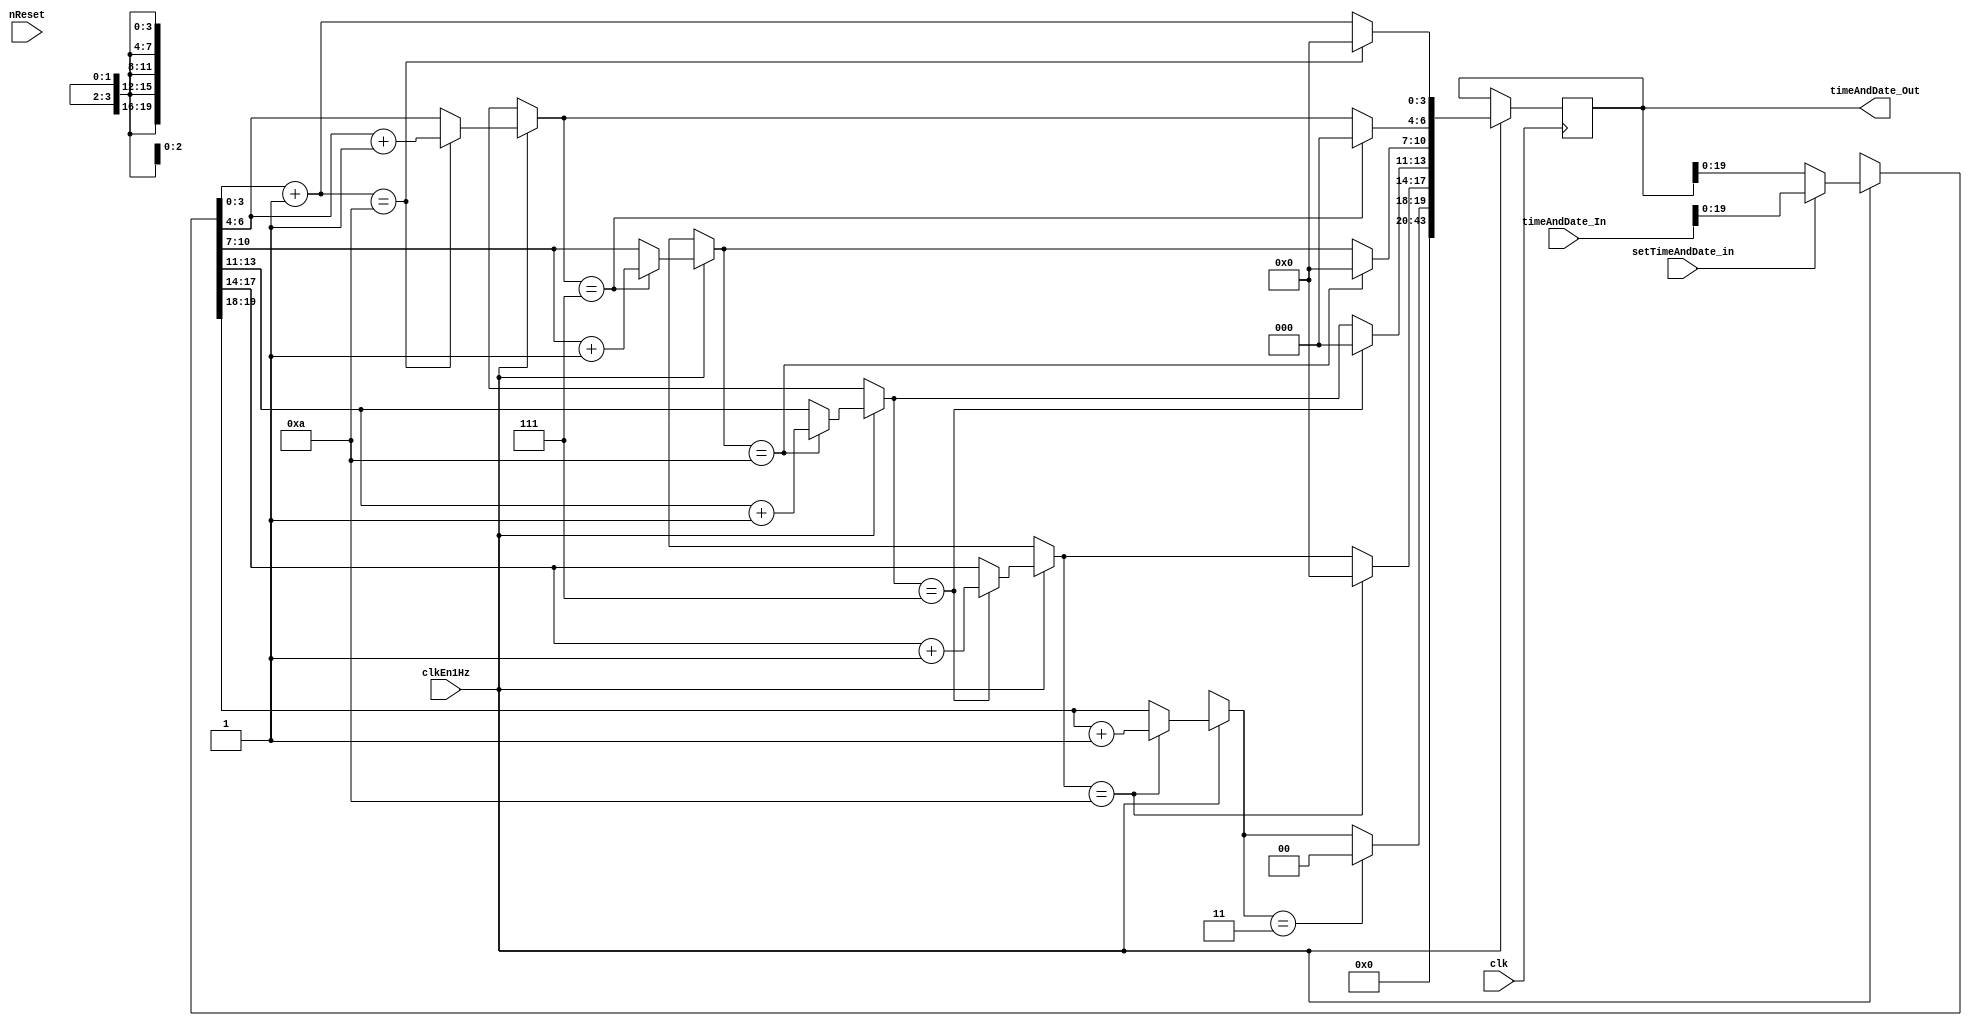
// ------------------------------------------------------------------------- --
// Title         : Clockwork
// Project       : Praktikum FPGA-Entwurfstechnik
// ------------------------------------------------------------------------- --
// Company       : IDS RWTH Aachen 
// ------------------------------------------------------------------------- --
// Description   : Clockwork for a DCF77 radio-controlled clock
// ------------------------------------------------------------------------- --
// Revisions     :
// Date        Version  Author  Description
// 2018/08/16  1.0      SH      Created
// 2018/09/20  1.1      TS      Clean up, comments
// ------------------------------------------------------------------------- --

module timeAndDateClock(input clk,                // global 10Mhz clock
                        input clkEn1Hz,           // 1Hz clock
                        input nReset,             // asynchronous reset (active low)  
                        input setTimeAndDate_in,  
                        input[43:0] timeAndDate_In,     
                        output reg[43:0] timeAndDate_Out);   

// ---------- YOUR CODE HERE ---------- 


reg [3:0] second_lowDigit = 4'b0;
reg [2:0] second_highDigit = 3'b0;

reg [3:0] minute_lowDigit = 4'b0;
reg [2:0] minute_highDigit = 3'b0;

reg [3:0] hours_lowDigit = 4'b0;
reg [1:0] hours_highDigit = 2'b0;


always @ (posedge clk)
	begin
	if(clkEn1Hz)
		begin
		
	
		
	
			if(setTimeAndDate_in)
				begin
					timeAndDate_Out = timeAndDate_In;
				end

			if(nReset)
				begin
					timeAndDate_Out <= 0;
				end
				
					
				
			second_lowDigit  = timeAndDate_Out[3:0];
			second_highDigit = timeAndDate_Out[6:4];
				
			minute_lowDigit = timeAndDate_Out[10:7];
			minute_highDigit = timeAndDate_Out[13:11];	
			
			hours_lowDigit = timeAndDate_Out[17:14];
			hours_highDigit = timeAndDate_Out[19:18];
			
			
			second_lowDigit = second_lowDigit + 1;
			
			
			if(second_lowDigit == 10)
				begin	
					second_lowDigit = 0;
					second_highDigit = second_highDigit + 1;
				end
			if(second_highDigit == 7)
				begin
					second_highDigit = 0;
					minute_lowDigit = minute_lowDigit + 1;
				end
			if(minute_lowDigit == 10)
				begin
					minute_lowDigit = 0;
					minute_highDigit = minute_highDigit + 1;
				end
			if(minute_highDigit == 7)
				begin
					minute_highDigit = 0;
					hours_lowDigit = hours_lowDigit + 1;
				end
			if(hours_lowDigit == 10)
				begin
					hours_lowDigit = 0;
					hours_highDigit = hours_highDigit + 1;
				end
			if(hours_highDigit == 3)
				begin
					hours_highDigit = 0;		
				end
				
					
			
		
			
			timeAndDate_Out = {
				24'b0,
				hours_highDigit,
				hours_lowDigit,
				minute_highDigit,
				minute_lowDigit,
				second_highDigit,
				second_lowDigit
				
			};
			
			//timeAndDate_Out <= timeAndDate_Out + 1;
	
		end
	end
	
	

endmodule